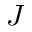
J